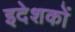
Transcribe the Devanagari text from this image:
इदेशकों